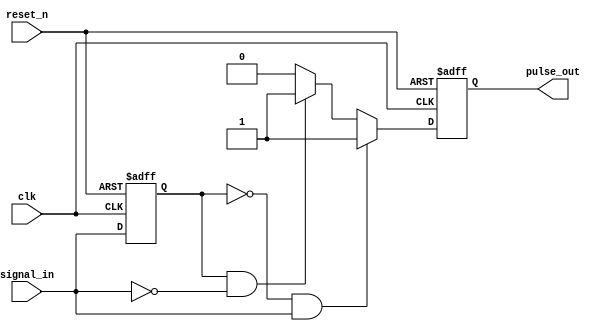
module pulse_edge_detector (
    input wire clk,              // Clock signal
    input wire reset_n,          // Active low asynchronous reset
    input wire signal_in,        // Input signal to detect edges
    output reg pulse_out         // Output pulse signal
);

    // Memory block to hold the previous state of the input signal
    reg previous_state;

    // Asynchronous reset and edge detection logic
    always @(posedge clk or negedge reset_n) begin
        if (!reset_n) begin
            // Reset the output pulse and previous state
            pulse_out <= 1'b0;
            previous_state <= 1'b0;
        end else begin
            // Edge detection logic
            // Generate pulse for rising edge
            if (previous_state == 1'b0 && signal_in == 1'b1) begin
                pulse_out <= 1'b1; // Rising edge detected
            end
            // Generate pulse for falling edge
            else if (previous_state == 1'b1 && signal_in == 1'b0) begin
                pulse_out <= 1'b1; // Falling edge detected
            end else begin
                pulse_out <= 1'b0; // No edge detected
            end
            
            // Update previous state
            previous_state <= signal_in;
        end
    end

endmodule